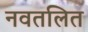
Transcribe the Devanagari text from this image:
नवतलित